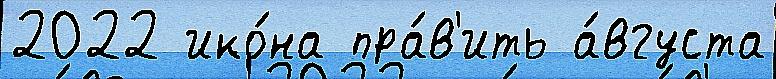
2022 ико́на пра́в'ить а́вгуста